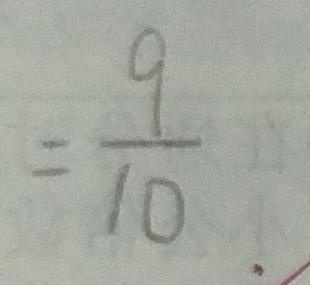
= \frac { 9 } { 1 0 }